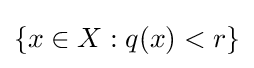
\{x\in X:q(x)<r\}